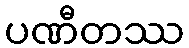
ပဏီတဿ